Lock hospitals Punjab
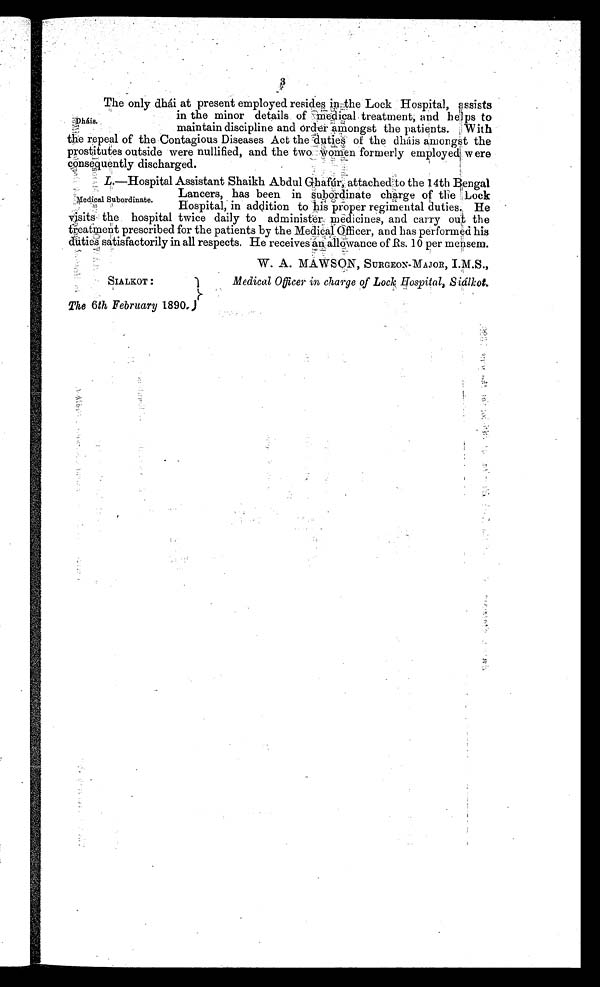
3
The only dhái at present employed resides in .the Lock Hospital, assists
in the minor details of medical treatment, and helps to
maintain discipline and order amongst the patients. With
the repeal of the Contagious Diseases Act the duties of the dháis amongst the
prostitutes outside were nullified, and the two women formerly employed. were
consequently discharged.
L.—Hospital Assistant Shaikh Abdul Ghafár, attached :to the 14th Bengal
Lancers, has been in subordinate charge of the Lock
Hospital, in addition to his proper regimental duties. He
visits the hospital twice daily to administer medicines, and carry out the
treatment prescribed for the patients by the Medical Officer, and has performed his
duties satisfactorily in all respects. He receives an allowance of Rs. 10 per mensem.
W. A. MAWSON, SURGEON-MAJOR, I.M.S.,
Dháis.
Medical Subordinate.
SIALKOT :
The 6th February 1890.
Medical Officer in charge of Lock Hospital, Siálkot.